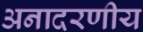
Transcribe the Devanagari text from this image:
अनादरणीय